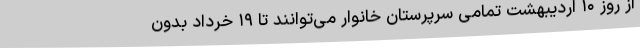
از روز ۱۰ اردیبهشت تمامی سرپرستان خانوار می‌توانند تا ۱۹ خرداد بدون